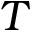
T